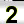
Digit: 2